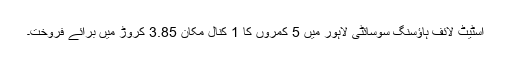
اسٹیٹ لائف ہاؤسنگ سوسائٹی لاہور میں 5 کمروں کا 1 کنال مکان 3.85 کروڑ میں برائے فروخت۔